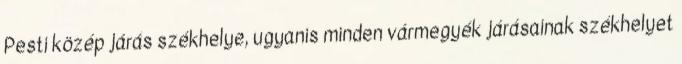
Pesti közép járás székhelye, ugyanis minden vármegyék járásainak székhelyet